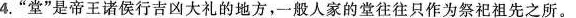
4.”堂”是帝王诸侯行吉凶大礼的地方，一般人家的堂往往只作为祭祀祖先之所。